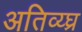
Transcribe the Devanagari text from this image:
अतिव्य्घ्र